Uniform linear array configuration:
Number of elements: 4
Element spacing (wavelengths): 0.25
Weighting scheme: blackman
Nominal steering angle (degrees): -15
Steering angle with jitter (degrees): -13.297
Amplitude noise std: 0.05
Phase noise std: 0.05

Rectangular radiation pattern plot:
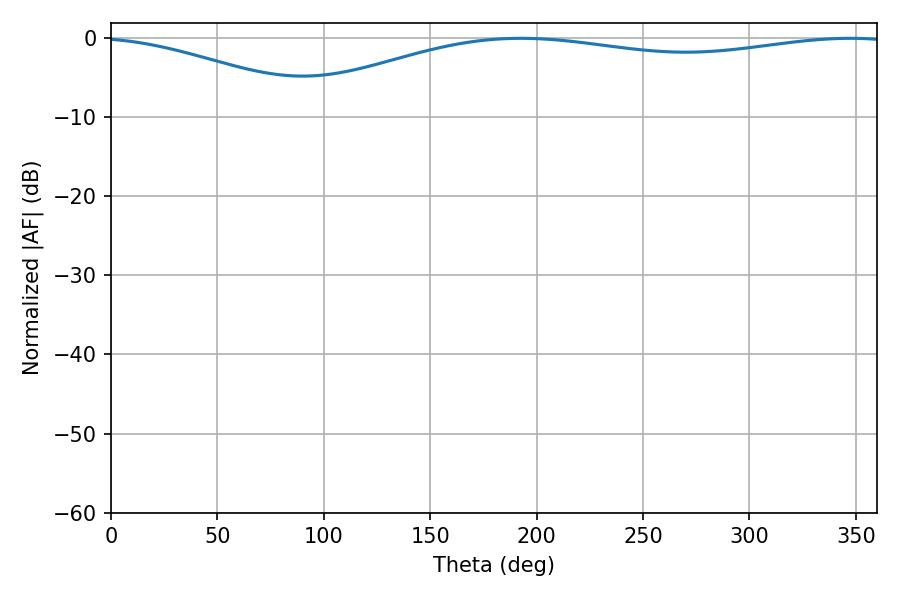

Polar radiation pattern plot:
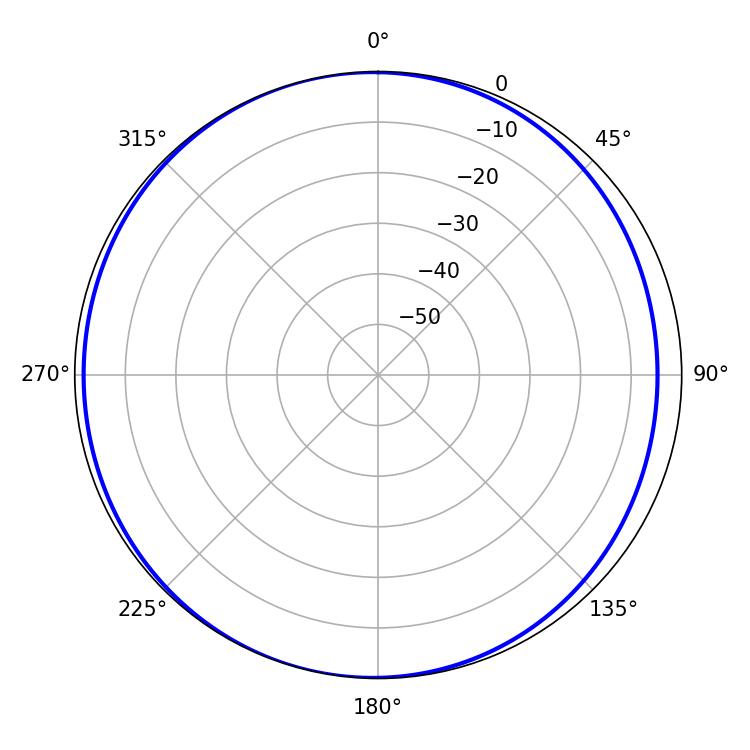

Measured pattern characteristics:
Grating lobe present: FALSE
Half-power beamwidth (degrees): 231.48
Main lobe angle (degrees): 192.6